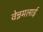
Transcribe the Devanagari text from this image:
वेन्नमलाई